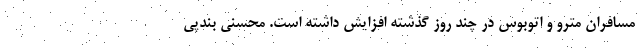
مسافران مترو و اتوبوس در چند روز گذشته افزایش داشته است. محسنی بندپی